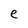
Character: e